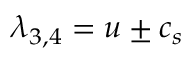
\lambda _ { 3 , 4 } = u \pm c _ { s }